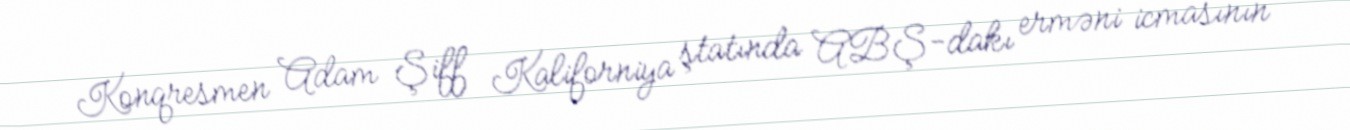
Konqresmen Adam Şiff Kaliforniya ştatında ABŞ-dakı erməni icmasının